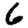
Digit: 6